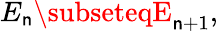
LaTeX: E_{\mathsf{n}}\subseteqE_{\mathsf{n}+1},